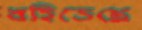
বহিতেছে